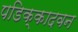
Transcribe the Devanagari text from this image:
पडिक्कादवन